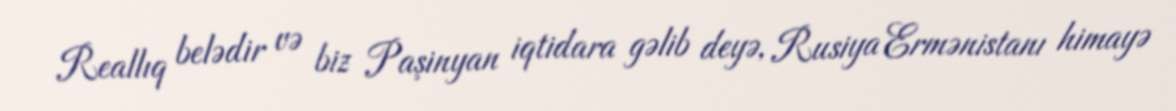
Reallıq belədir və biz Paşinyan iqtidara gəlib deyə, Rusiya Ermənistanı himayə